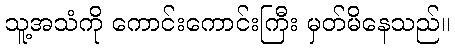
သူ့အသံကို ကောင်းကောင်းကြီး မှတ်မိနေသည်။